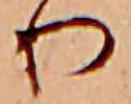
り